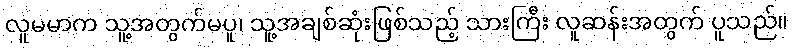
လူမမာက သူ့အတွက်မပူ၊ သူ့အချစ်ဆုံးဖြစ်သည့် သားကြီး လူဆန်းအတွက် ပူသည်။